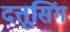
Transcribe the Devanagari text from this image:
दत्तूसिंग